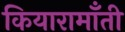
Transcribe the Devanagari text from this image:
कियारामॉँती